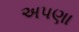
અપણા